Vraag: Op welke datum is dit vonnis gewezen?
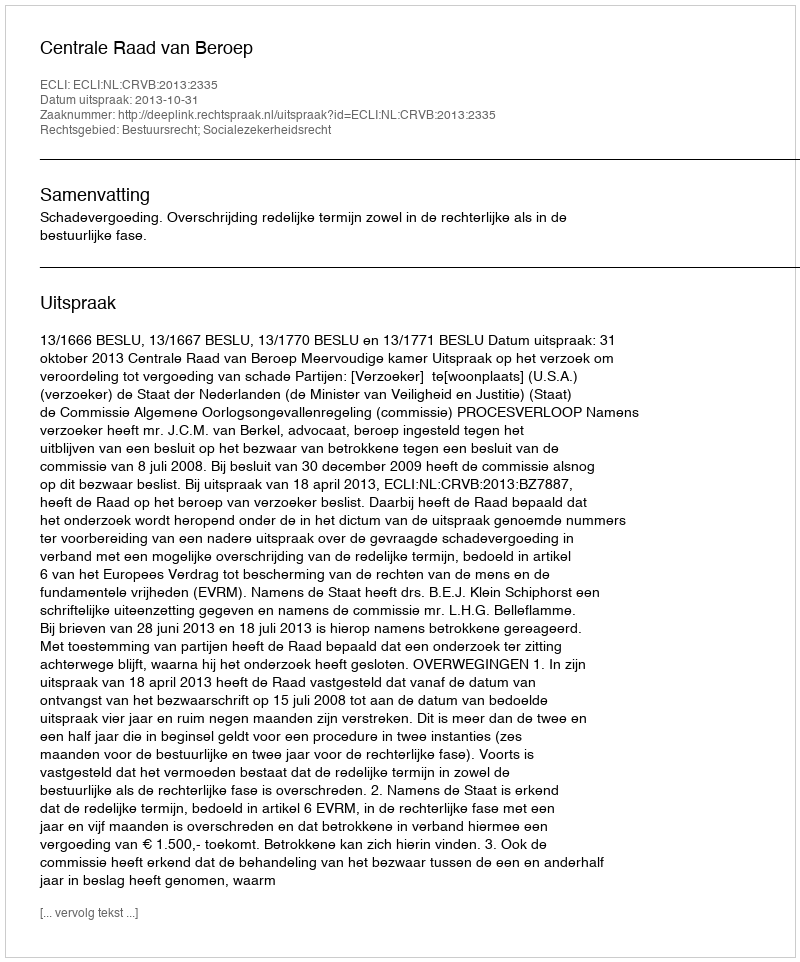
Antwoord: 2013-10-31